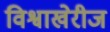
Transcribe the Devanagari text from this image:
विश्वाखेरीज